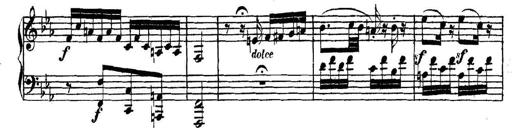
Title: Collected Piano Sonatas
Composer: Muzio Clementi